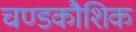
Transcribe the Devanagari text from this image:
चण्डकौशिक